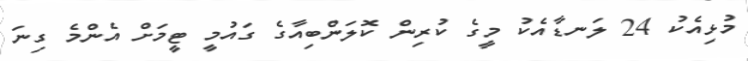
މުޅިއެކު 24 ލަނޑާއެކު މީގެ ކުރިން ކޮލަންބިއާގެ ގައުމީ ޓީމަށް އެންމެ ގިނަ